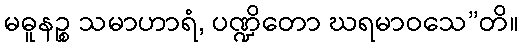
မဓူနဉ္စ သမာဟာရံ, ပဏ္ဍိတော ဃရမာဝသေ”တိ။